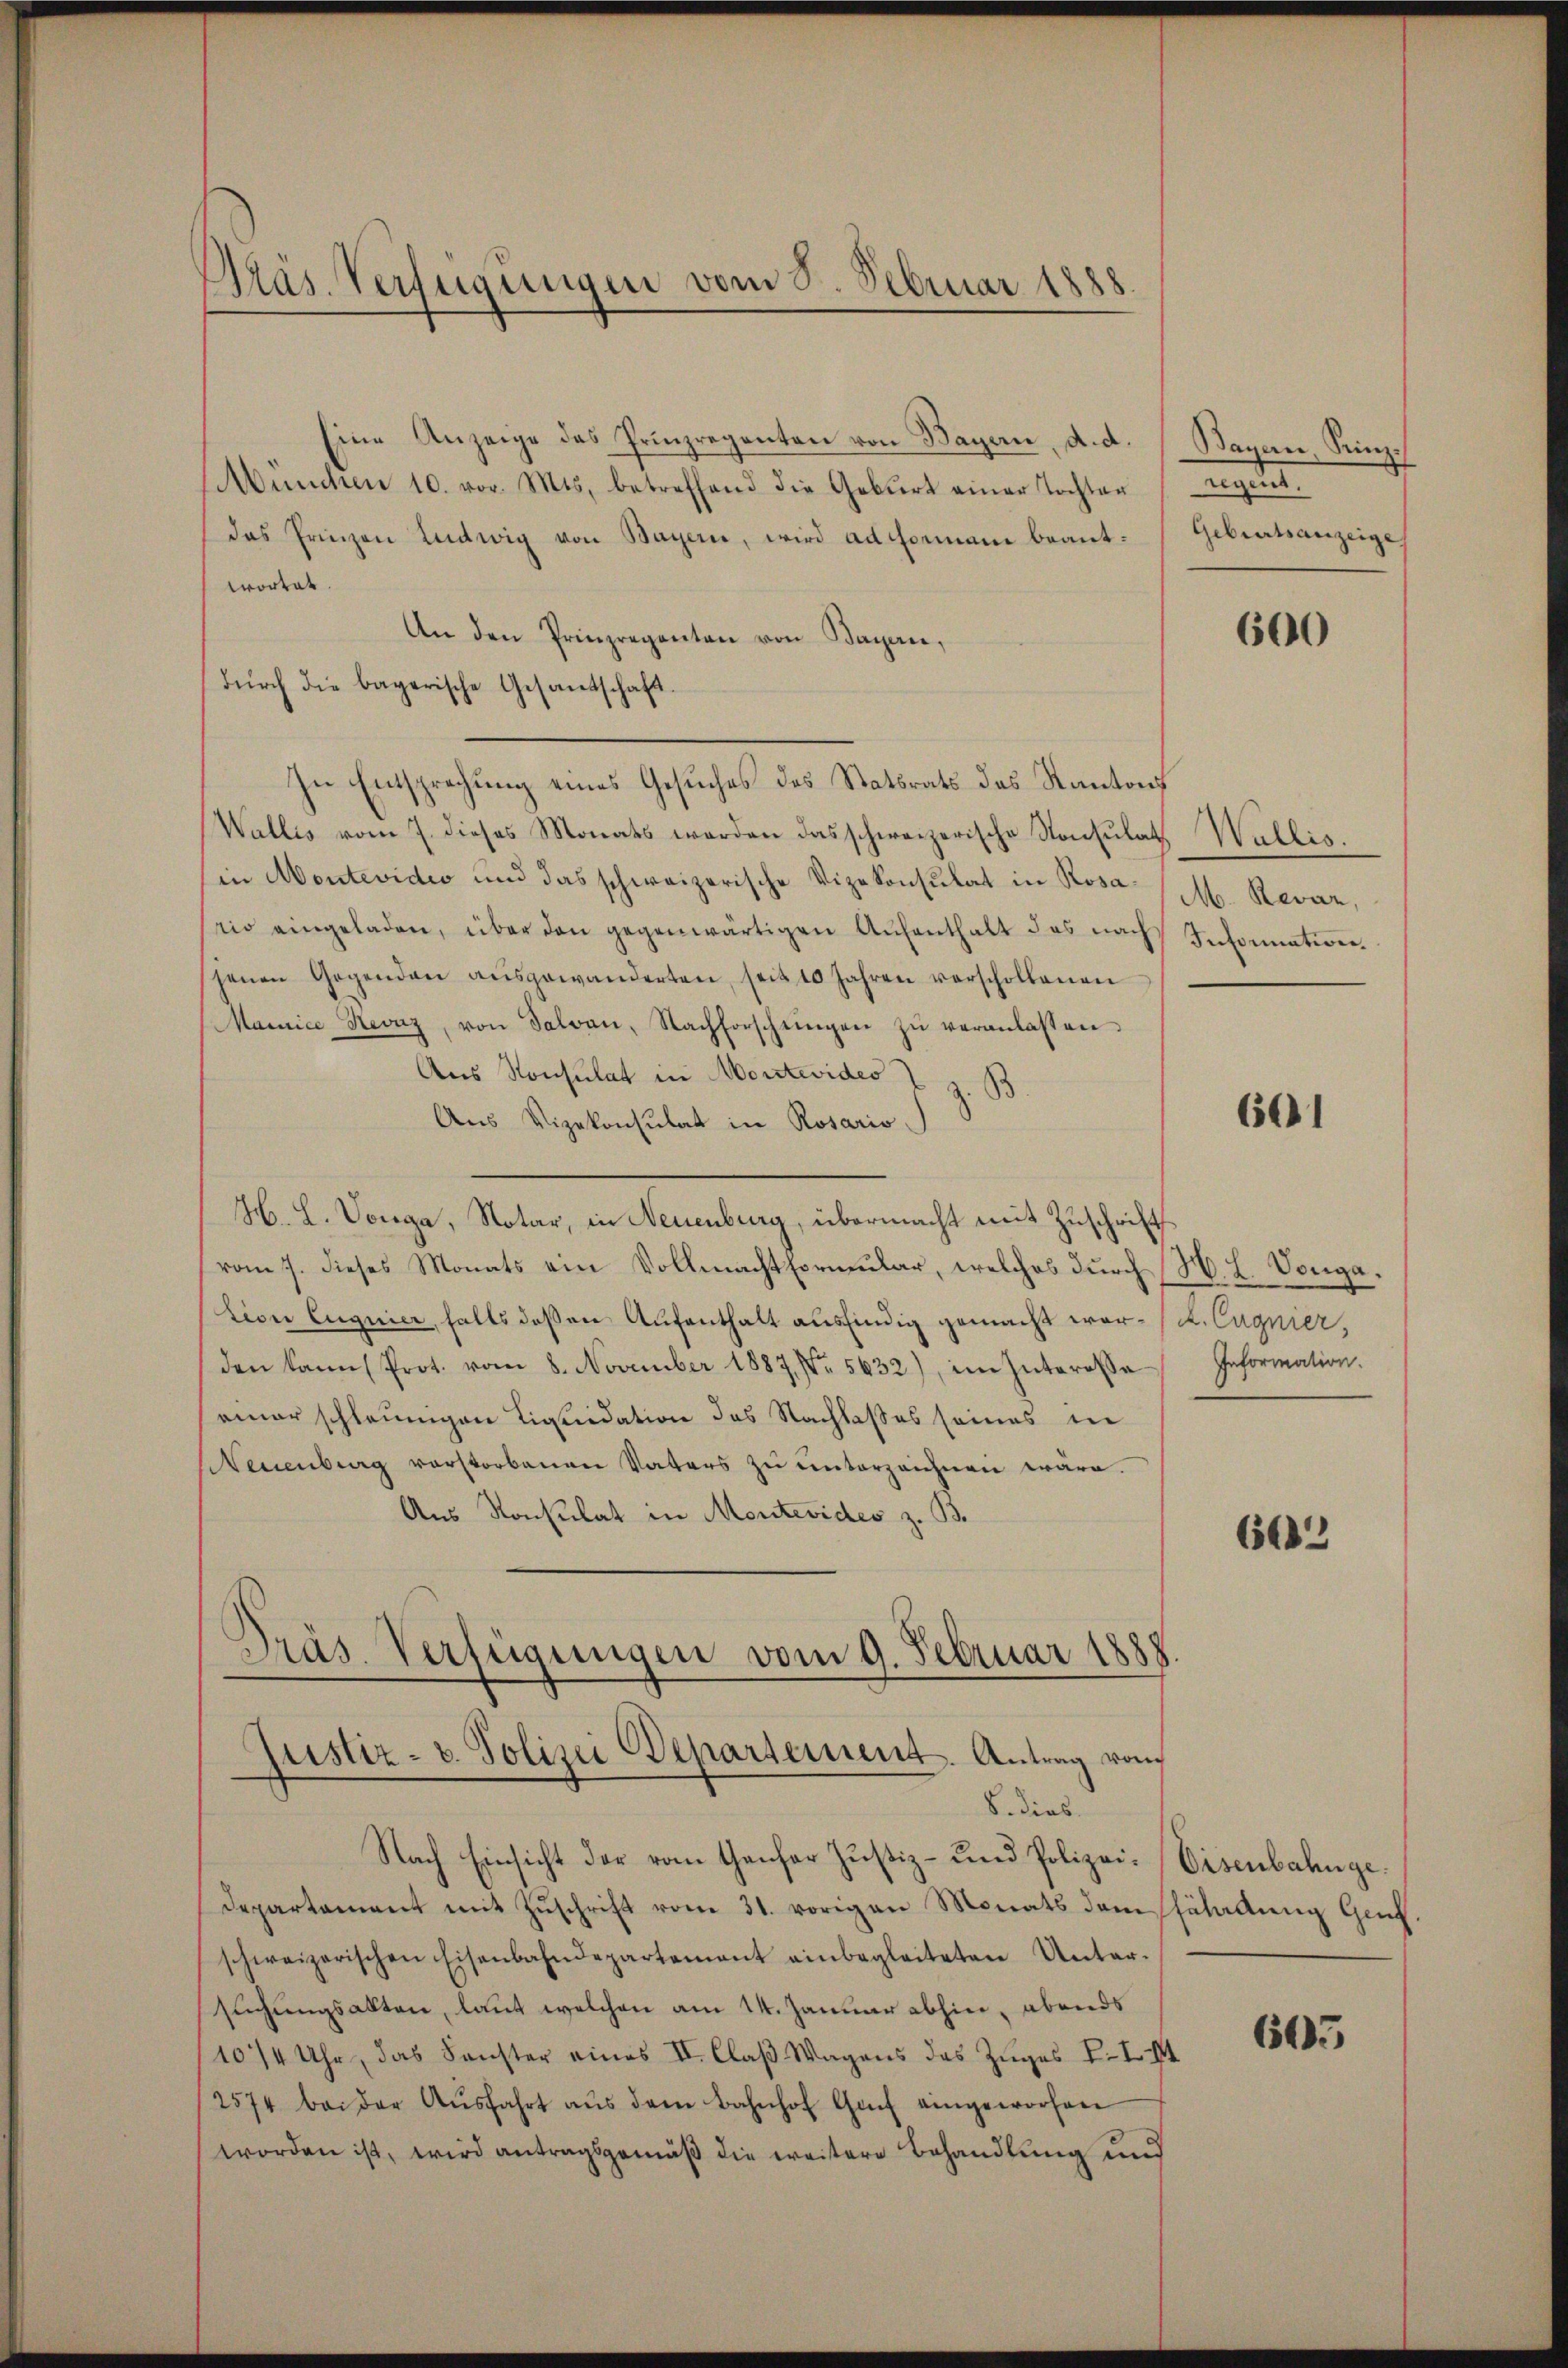
Präs. Verfügungen vom 5. Februar 1888.

Eine Anzeige das Prinzregenten von Bayern, d. d.
München 10. vor. Mts, betreffend die Geburt einer Tochter
das Prienzen Landtwig von Bayern, wird ad Formani beantwortet.
An den Prinzregenten von Bagan,
(durch die bayerische Gesantschaft.
In Entsprechung eines Gesuches des Statsrats das Kantons
Wallis vom 7. dieses Monats werden das schweizerische Konsulat Wallis.
in Montevidio und das schweizerische Vizekonsulat in Rosa (M. Revar,
rio eingeladen, über den gegenwärtigen Aŭfenthalt des nach Information.
jenen Gegenden aŭsgewanderten, seit 10 Jahren verschollenen
Mainice Revaz, von Salvan, Nachforschŭngen zŭ veranlassen.
Aus Konsulat in Montevides I z. B
Aus Vizekonsulat in Rosaris
H. L. Vonga, Notar, in Neuenburg, übermacht mit Zuschrift
vom 7. dieses Monats ein Vollmacht Formular, welches durch H. L. Vongation Eugnier, falls deßen Aufenthalt ausfindig gemacht wor-/d. Cagnier,
den kann (Prot. vom 8. November 1887, Nr. 5632), im Interose Information.
ainer schleungen Liquidation des Nachlaßes seines in
Neuenburg verstorbenen Vaters zu unterzeichnen wäre.
Ans Konsulat in Montevides z. B.
Präs. Verfügungen vom 9. Februar 1888.
justiz- u. Polizei Departement. Antrag von
8. dies
Nach Einsicht der vom Genfer Justiz- und Polizei-Eisenbahngedepartament mit Zŭschrift vom 31. vorigen Monats dem saladŭng Genf.
schweizerischen Eisenbahndepartement einbegleiteten Unter-
suchungsakten, laut welchen am 14. Januar abhin, abends
10/4 Uhr, das Sonster eines II. Claβ Wagens des Zuges V. I. I
2574 bei der Aŭsfahrt aŭs dem Bahnhof Gach eingeworfen
worden ist, wird antragsgemäß die weitere Behandlung und

Bayern, Rinz.
migten
Geburtsanzeige

600

601

6612

605